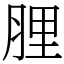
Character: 䤚